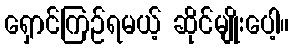
ရှောင်ကြဉ်ရမယ့် ဆိုင်မျိုးပေါ့။